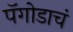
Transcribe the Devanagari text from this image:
पॅगोडाचं